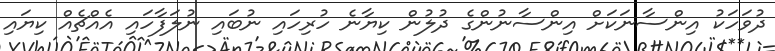
ދުވަހަކު އިންސާނަކަށް އިންސާނުންގެ ދުލުން ކިޔާނެ ހުރިހައި ނުބައި ނުލަފާހައި އެއްޗެއް ކިޔައި